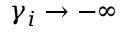
\gamma _ { i } \to - \infty